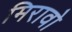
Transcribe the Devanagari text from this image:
मिरावो